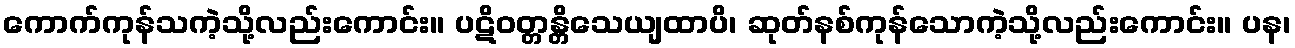
ကောက်ကုန်သကဲ့သို့လည်းကောင်း။ ပဋိဝတ္တန္တိသေယျထာပိ၊ ဆုတ်နစ်ကုန်သောကဲ့သို့လည်းကောင်း။ ပန၊